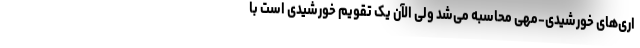
اری‌های خورشیدی-مهی محاسبه می‌شد ولی الآن یک تقویم خورشیدی است با